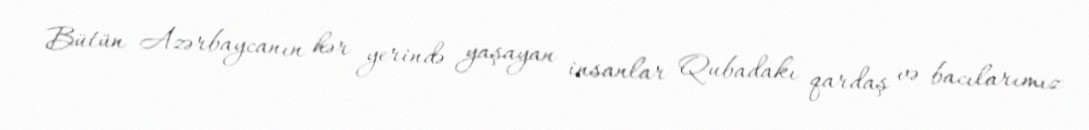
Bütün Azərbaycanın hər yerində yaşayan insanlar Qubadakı qardaş və bacılarımız